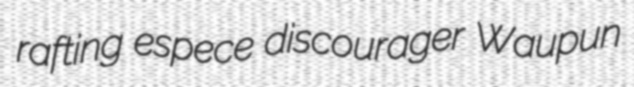
rafting espece discourager Waupun